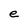
Character: e